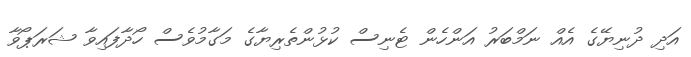
އަދި ދުނިޔޭގެ އެއް ނަމްބަރު އަންހެން ޓެނިސް ކުޅުންތެރިޔާގެ މަގާމުވެސް ހޯދާފައިވާ ޝަރަޕޯވާ